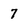
Character: 7